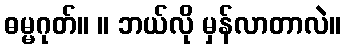
ဓမ္မဂုတ်။ ။ ဘယ်လို မှန်လာတာလဲ။